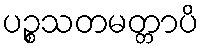
ပဉ္စသတမတ္တာပိ